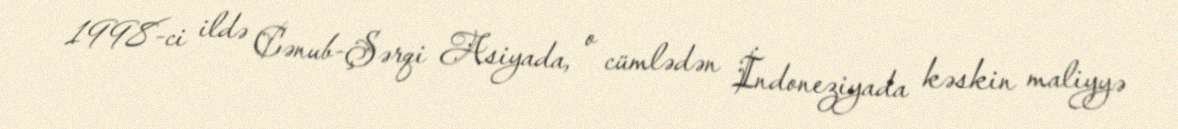
1998-ci ildə Cənub-Şərqi Asiyada, o cümlədən İndoneziyada kəskin maliyyə